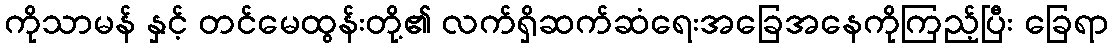
ကိုသာမန် နှင့် တင်မေထွန်းတို့၏ လက်ရှိဆက်ဆံရေးအခြေအနေကိုကြည့်ပြီး ခြေရာ